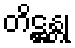
တိဋ္ဌန္တု